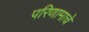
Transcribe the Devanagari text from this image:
परिणामाचे